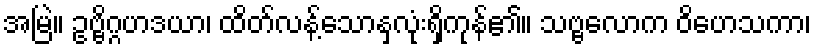
အမြဲ။ ဥဗ္ဗိဂ္ဂဟဒယာ၊ ထိတ်လန့်သောနှလုံးရှိကုန်၏။ သဗ္ဗလောက ဝိဟေသကာ၊